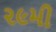
૨૯મી